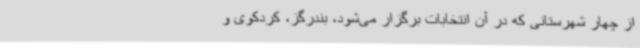
از چهار شهرستانی که در آن انتخابات برگزار می‌شود، بندرگز، کردکوی و